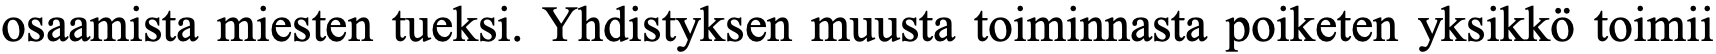
osaamista miesten tueksi. Yhdistyksen muusta toiminnasta poiketen yksikkö toimii